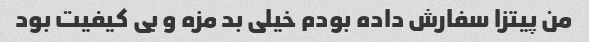
من پیتزا سفارش داده بودم خیلی بد مزه و بی کیفیت بود